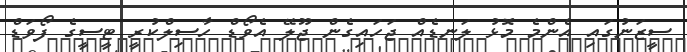
ސީޒަނުގައި އެންމެ މޮޅު ލަނޑެއް ޖަހައިގެން ޖޫލޭ އެވޯޑް ހާސިލްކުރީ ޓީސީގެ ފޯވަޑް